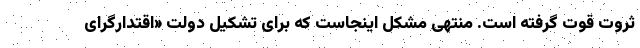
ثروت قوت گرفته است. منتهی مشکل اینجاست که برای تشکیل دولت «اقتدارگرای